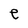
Character: e